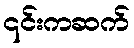
၎င်းကဆက်